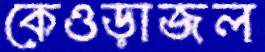
কেওড়াজল